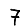
Digit: 7